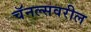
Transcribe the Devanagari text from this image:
चॅनल्सवरील